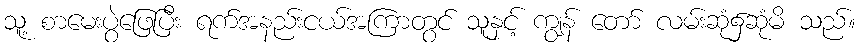
သူ့ စာမေးပွဲဖြေပြီး ရက်အနည်းငယ်အကြာတွင် သူနှင့် ကျွန် တော် လမ်းဆုံ၌ဆုံမိ သည်။